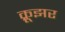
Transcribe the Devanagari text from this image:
क्रूझर